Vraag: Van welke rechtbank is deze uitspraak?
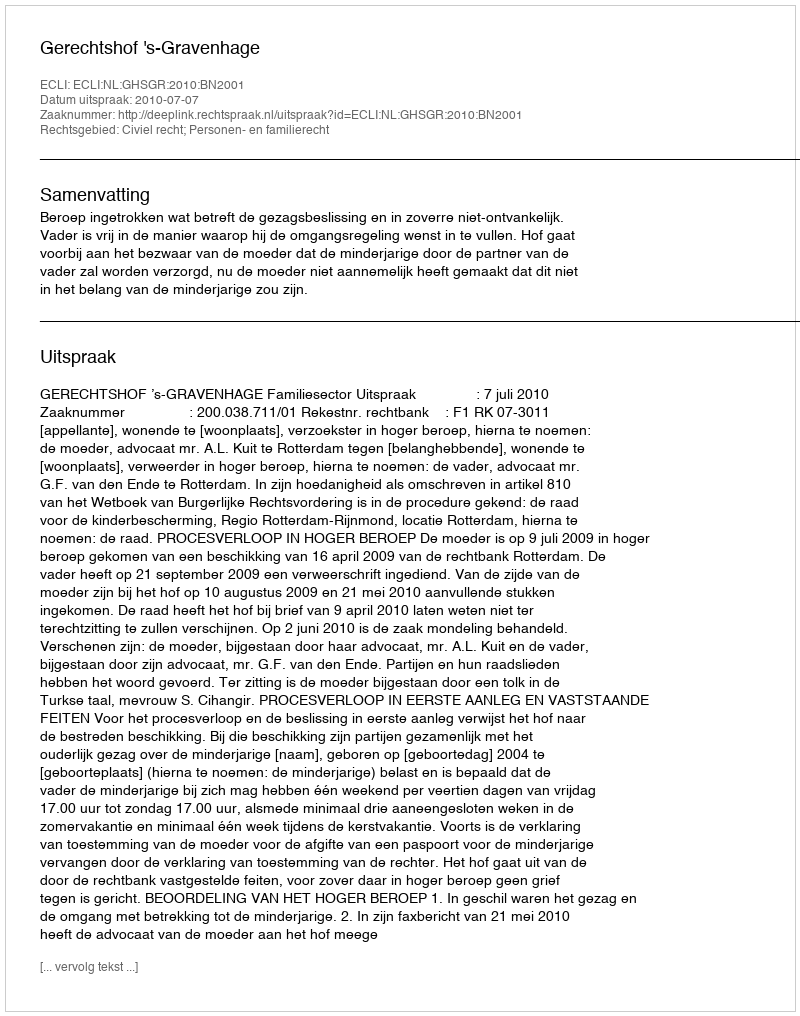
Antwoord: Gerechtshof 's-Gravenhage